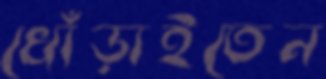
খোঁড়াইতেন